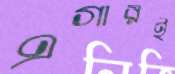
এগারই